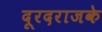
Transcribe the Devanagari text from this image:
दूरदराजके